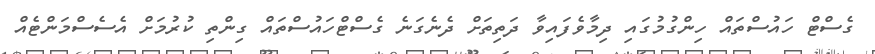
ގެސްޓް ހައުސްތައް ހިންގުމުގައި ދިމާވެފައިވާ ދަތިތަށް ދެނެގަނެ ގެސްޓްހައުސްތައް ގިންތި ކުރުމަށް އެސެސްމަންޓެއް